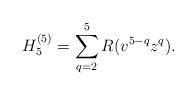
LaTeX: \begin{align*}H^{(5)}_5=\sum_{q=2}^5 R(v^{5-q} z^q).\end{align*}